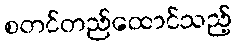
စတင်တည်ထောင်သည့်